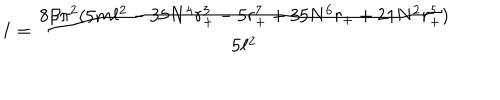
I = \frac { 8 \beta \pi ^ { 2 } ( 5 m \ell ^ { 2 } - 3 5 N ^ { 4 } r _ { + } ^ { 3 } - 5 r _ { + } ^ { 7 } + 3 5 N ^ { 6 } r _ { + } + 2 1 N ^ { 2 } r _ { + } ^ { 5 } ) } { 5 \ell ^ { 2 } }